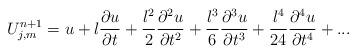
LaTeX: \begin{align*}U_{j,m}^{n+1}=u+l\frac{\partial u}{\partial t}+\frac{l^{2}}{2}\frac{\partial^{2}u}{\partial t^{2}}+\frac{l^{3}}{6}\frac{\partial ^{3}u}{\partial t^{3}}+\frac{l^{4}}{24}\frac{\partial ^{4}u}{\partial t^{4}}+... \end{align*}